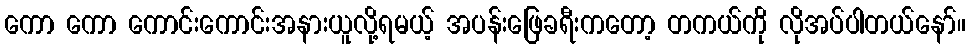
ကော ကော ကောင်းကောင်းအနားယူလို့ရမယ့် အပန်းဖြေခရီးကတော့ တကယ်ကို လိုအပ်ပါတယ်နော်။